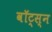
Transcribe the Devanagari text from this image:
वॉट्स्न